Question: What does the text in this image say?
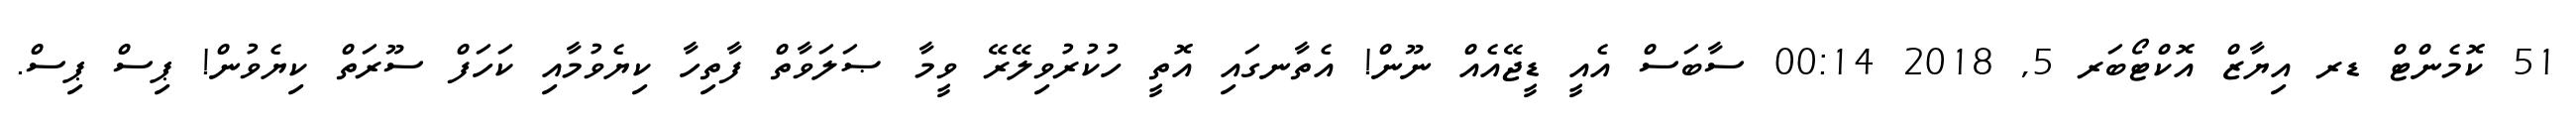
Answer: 51 ކޮމެންޓް ޑރ އިޔާޒް އޮކްޓޯބަރ 5, 2018 00:14 ސާބަސް އެއީ ޑީޖޭއެއް ނޫން! އެތާނގައި އޮތީ ހުކުރުވިލޭރޭ ވީމާ ޞަލަވާތް ފާތިހާ ކިޔެވުމާއި ކަހަފް ސޫރަތް ކިޔެވުން! ޕިސް ޕިސް.